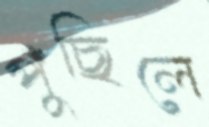
পুঁছিলে